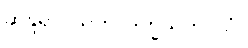
ဆန္ဒရာဂသုတ်၊ ဒုက္ခသုတ်-သံ။